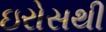
ઇરોસથી